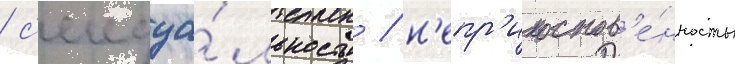
/ с'ексуа́льность / н'епр'икоснов'е́нность